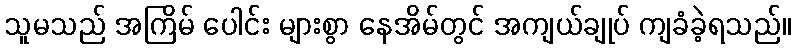
သူမသည် အကြိမ် ပေါင်း များစွာ နေအိမ်တွင် အကျယ်ချုပ် ကျခံခဲ့ရသည်။